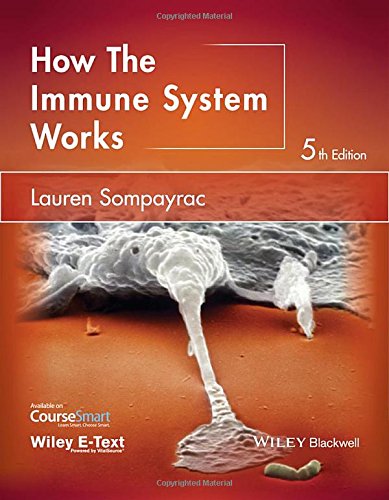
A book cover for How the Immune System Works (The How it Works Series); Lauren M. Sompayrac; Medical Books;